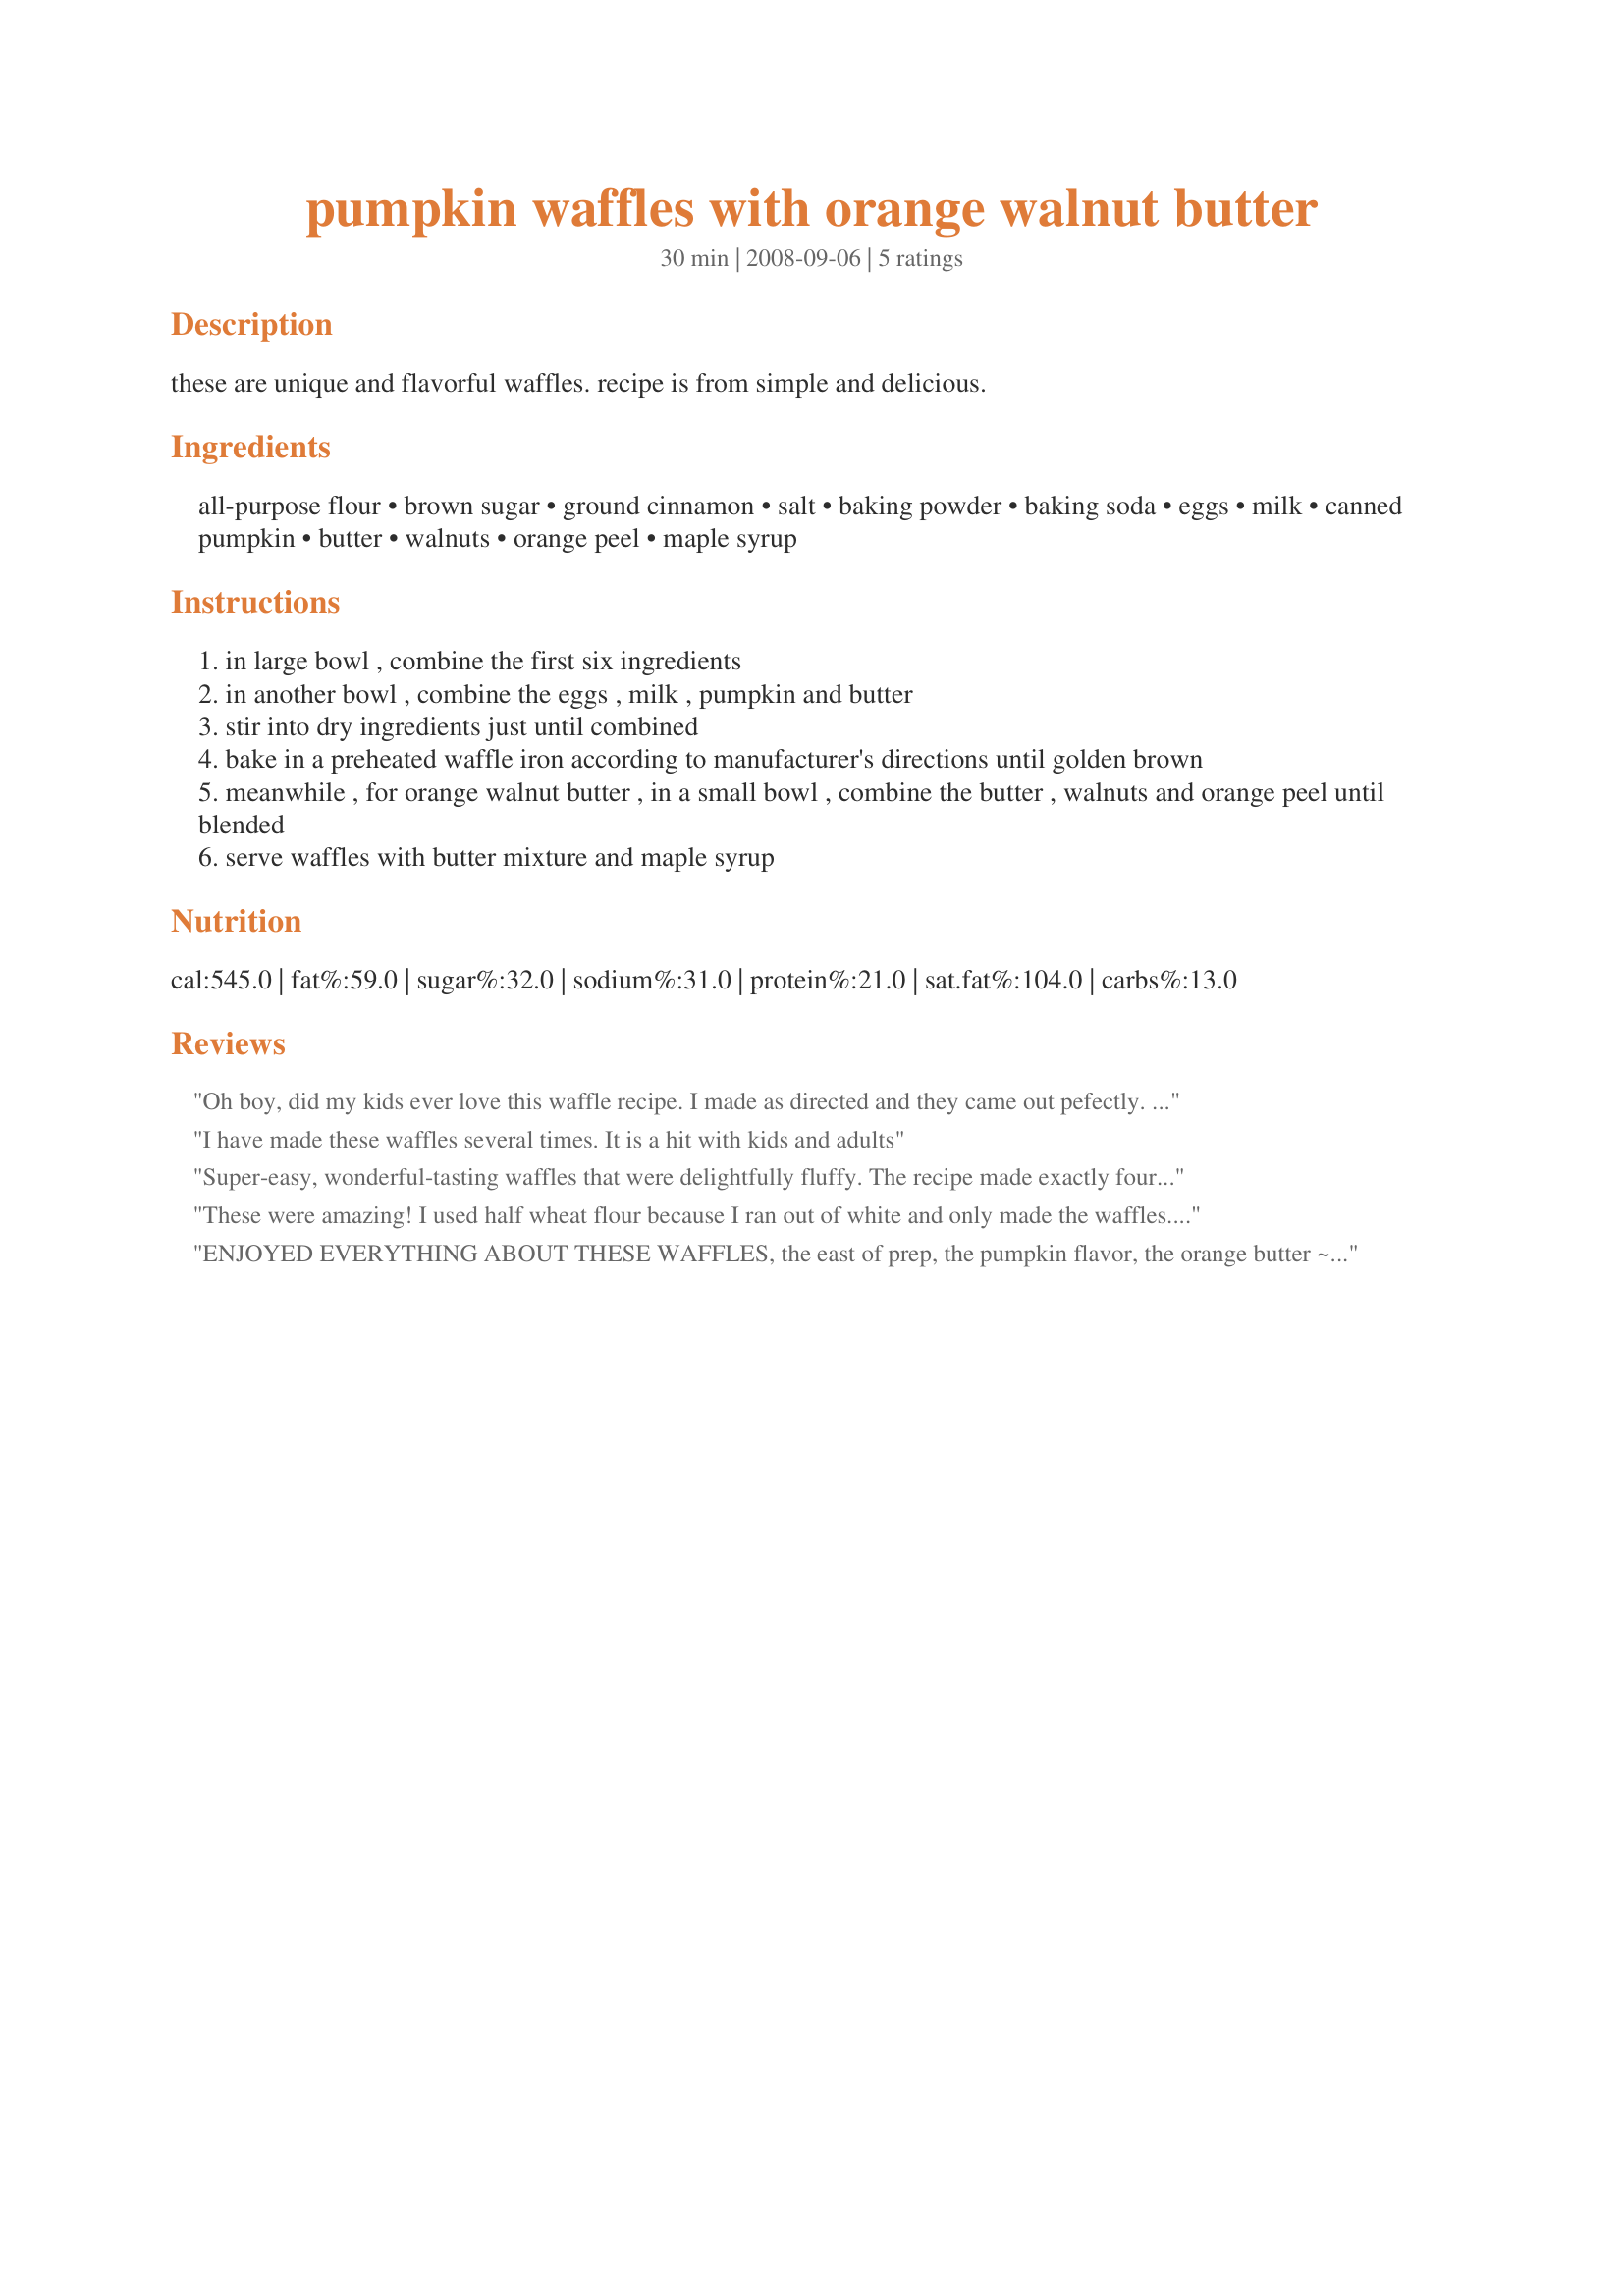
pumpkin waffles with orange walnut butter
Preparation time: 30 minutes

these are unique and flavorful waffles. recipe is from simple and delicious.

Ingredients:
all-purpose flour, brown sugar, ground cinnamon, salt, baking powder, baking soda, eggs, milk, canned pumpkin, butter, walnuts, orange peel, maple syrup

Steps:
in large bowl , combine the first six ingredients
in another bowl , combine the eggs , milk , pumpkin and butter
stir into dry ingredients just until combined
bake in a preheated waffle iron according to manufacturer's directions until golden brown
meanwhile , for orange walnut butter , in a small bowl , combine the butter , walnuts and orange peel until blended
serve waffles with butter mixture and maple syrup

Reviews:
Oh boy, did my kids ever love this waffle recipe. I made as directed and they came out pefectly. Even though the orange walnut butter was good, I think I'll skip it next time. The pumpkin waffles can stand on their own! Yummy. Thanks!
I have made these waffles several times. It is a hit with kids and adults
Super-easy, wonderful-tasting waffles that were delightfully fluffy. The recipe made exactly four waffles in my iron, and each one was heavenly. The orange butter was good, but I think the waffles themselves have such great flavor that even plain butter would be fine on them. We didn't bother with the maple syrup (I just don't use it on my waffles, and my roomie wanted the flavor of the waffles to not get "hidden"). I love pumpkin, and will absolutely be making these again. Thanks for sharing!
These were amazing! I used half wheat flour because I ran out of white and only made the waffles. DELISH! If only I had remembered to grease my waffle iron the morning would have been PERFECT! I also added a half cup of mini chocolate chips. Great recipe!
ENJOYED EVERYTHING ABOUT THESE WAFFLES, the east of prep, the pumpkin flavor, the orange butter ~ OUTSTANDING! I did change one thing, however, using, as I did, corn syrup instead of the maple kind, which I thought let those other flavors come out nicely! Thanks for a great breakfast! [Tagged, made & reviewed in 1-2-3 Hit Wonders]
